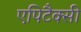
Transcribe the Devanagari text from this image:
एपिटैक्सी